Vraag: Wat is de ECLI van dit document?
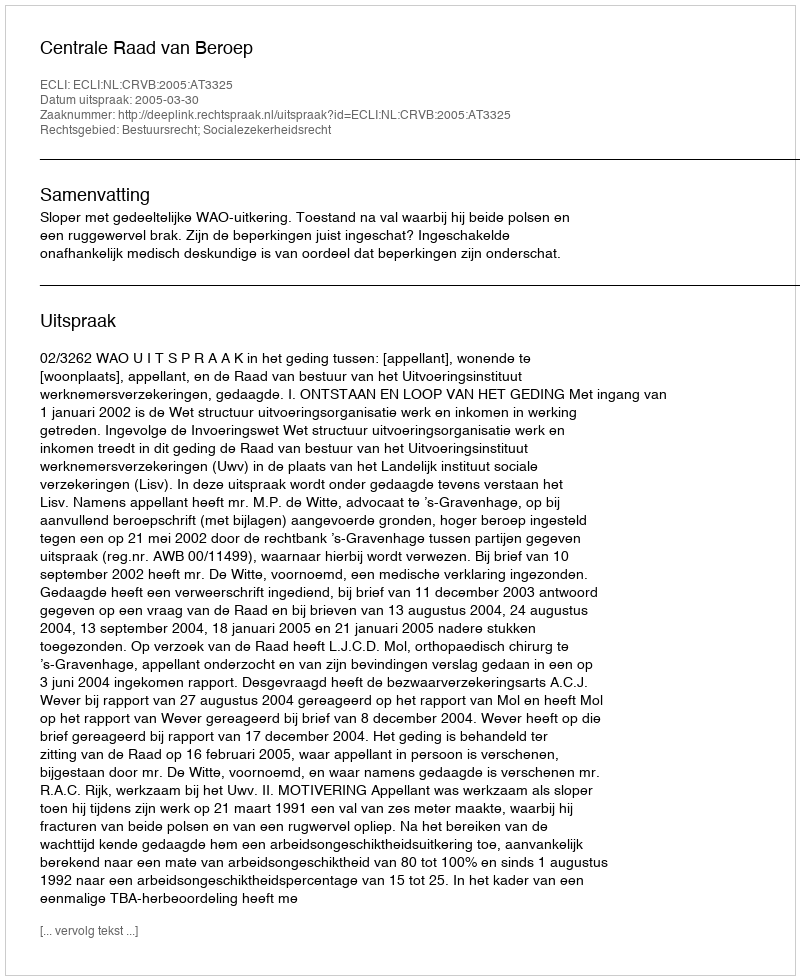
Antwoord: ECLI:NL:CRVB:2005:AT3325